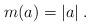
LaTeX: \begin{align*}m(a)=|a|\;.\end{align*}